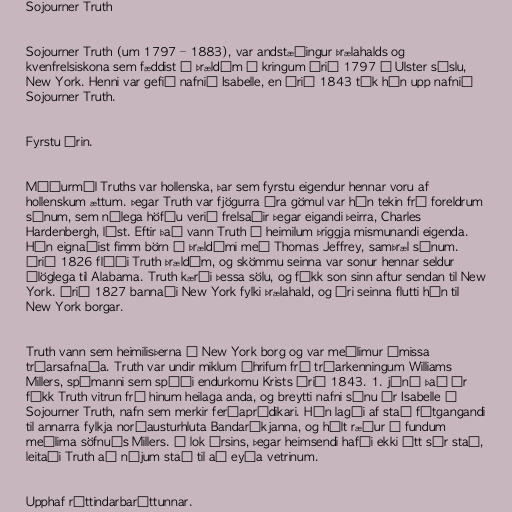
Sojourner Truth

Sojourner Truth (um 1797 – 1883), var andstæðingur þrælahalds og
kvenfrelsiskona sem fæddist í þrældóm í kringum árið 1797 í Ulster sýslu,
New York. Henni var gefið nafnið Isabelle, en árið 1843 tók hún upp nafnið
Sojourner Truth.

Fyrstu árin.

Móðurmál Truths var hollenska, þar sem fyrstu eigendur hennar voru af
hollenskum ættum. Þegar Truth var fjögurra ára gömul var hún tekin frá foreldrum
sínum, sem nýlega höfðu verið frelsaðir þegar eigandi þeirra, Charles
Hardenbergh, lést. Eftir það vann Truth á heimilum þriggja mismunandi eigenda.
Hún eignaðist fimm börn í þrældómi með Thomas Jeffrey, samþræl sínum.
Árið 1826 flúði Truth þrældóm, og skömmu seinna var sonur hennar seldur
ólöglega til Alabama. Truth kærði þessa sölu, og fékk son sinn aftur sendan til New
York. Árið 1827 bannaði New York fylki þrælahald, og ári seinna flutti hún til
New York borgar.

Truth vann sem heimilisþerna í New York borg og var meðlimur ýmissa
trúarsafnaða. Truth var undir miklum áhrifum frá trúarkenningum Williams
Millers, spámanni sem spáði endurkomu Krists árið 1843. 1. júní það ár
fékk Truth vitrun frá hinum heilaga anda, og breytti nafni sínu úr Isabelle í
Sojourner Truth, nafn sem merkir ferðaprédikari. Hún lagði af stað fótgangandi
til annarra fylkja norðausturhluta Bandaríkjanna, og hélt ræður á fundum
meðlima söfnuðs Millers. Í lok ársins, þegar heimsendi hafði ekki átt sér stað,
leitaði Truth að nýjum stað til að eyða vetrinum.

Upphaf réttindarbaráttunnar.